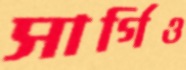
সার্গিও